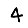
Digit: 4